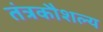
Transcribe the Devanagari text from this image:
तंत्रकौशल्य